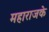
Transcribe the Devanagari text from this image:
महाराजके